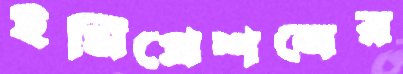
ইমিগ্রেশনের